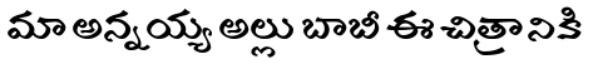
మా అన్నయ్య అల్లు బాబీ ఈ చిత్రానికి